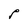
Character: P